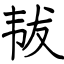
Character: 韨